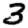
Digit: 3